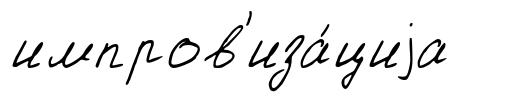
импров'иза́циjа